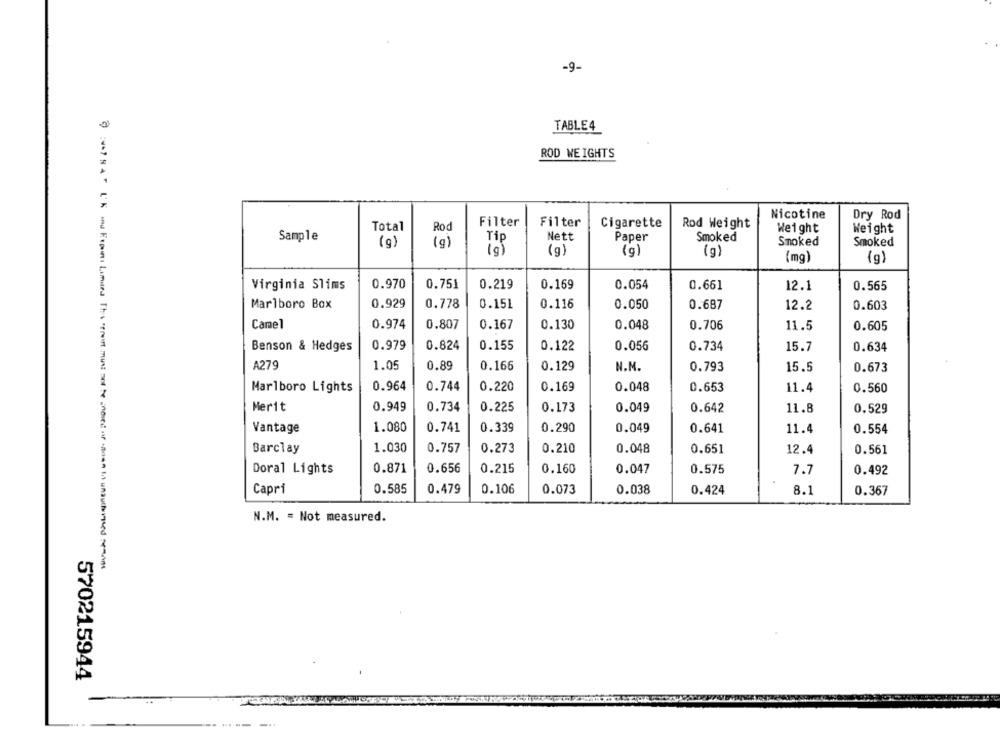
-9-
TABLE4
ROD WEIGHTS
Nicotine
Dry Rod
Filter
Filter
Cigarette
Rod Weight
Total
Rod
Weight
Weight
Sample
Tip
Nett
Paper
Smoked
(g)
Smoked
Smoked
(g)
(g)
(g)
(g)
(mg)
(g)
Virginia Slims
0.970
0.751
0.219
0.169
0.054
0.661
0.565
12.1
Marlboro Box
0.929
0.778
0.151
0.116
0.050
0.687
12.2
0.603
Camel
0.974
0.807
0.167
0.130
0.048
0.706
11.5
0.605
Benson & Hedges
0.979
0.824
0.155
0.122
0.056
0.734
15.7
0.634
A279
1.05
0.89
0.166
0.129
N.M.
0.793
15.5
0.673
Marlboro Lights
0.964
0.744
0.220
0.169
0.048
0.653
11.4
0.560
Merit
0.949
0.734
0.225
0.173
0.049
0.642
11.8
0.529
1.080
0.741
0.339
0.290
Vantage
0.049
0.641
11.4
0.554
Barclay
1.030
0.757
0.273
0.210
0.048
0.651
12.4
0.561
Doral Lights
0.871
0.656
0.215
0.160
0.047
0.575
7.7
0.492
Capri
0.585
0.479
0.106
0.073
0.038
0.424
8.
0.367
N.M. = Not measured.
570215944